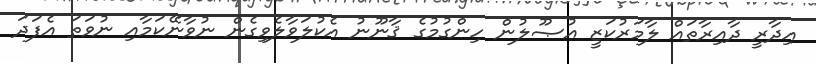
އިދާރީ ދާއިރާތައް ލާމަރުކަޒީ އުޞޫލުން ހިންގުމުގެ ޤާނޫނު އެކުލަވާލެވިގެން ނުވާނޭކަމާއި ނުވަތަ އެފަދަ